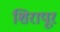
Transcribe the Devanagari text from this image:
शिरापूर